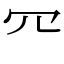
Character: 㓁